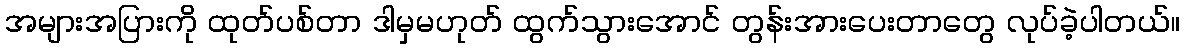
အများအပြားကို ထုတ်ပစ်တာ ဒါမှမဟုတ် ထွက်သွားအောင် တွန်းအားပေးတာတွေ လုပ်ခဲ့ပါတယ်။